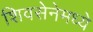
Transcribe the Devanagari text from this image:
शिवसेनेमध्ये